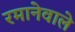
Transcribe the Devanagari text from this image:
रमानेवाले